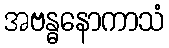
အဗန္ဓနောကာသံ